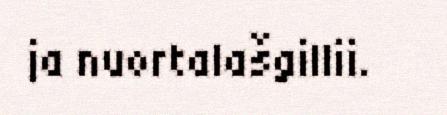
ja nuortalašgillii.